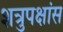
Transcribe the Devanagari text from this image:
शत्रुपक्षांस